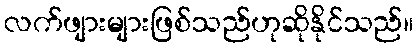
လက်ဖျားများဖြစ်သည်ဟုဆိုနိုင်သည်။